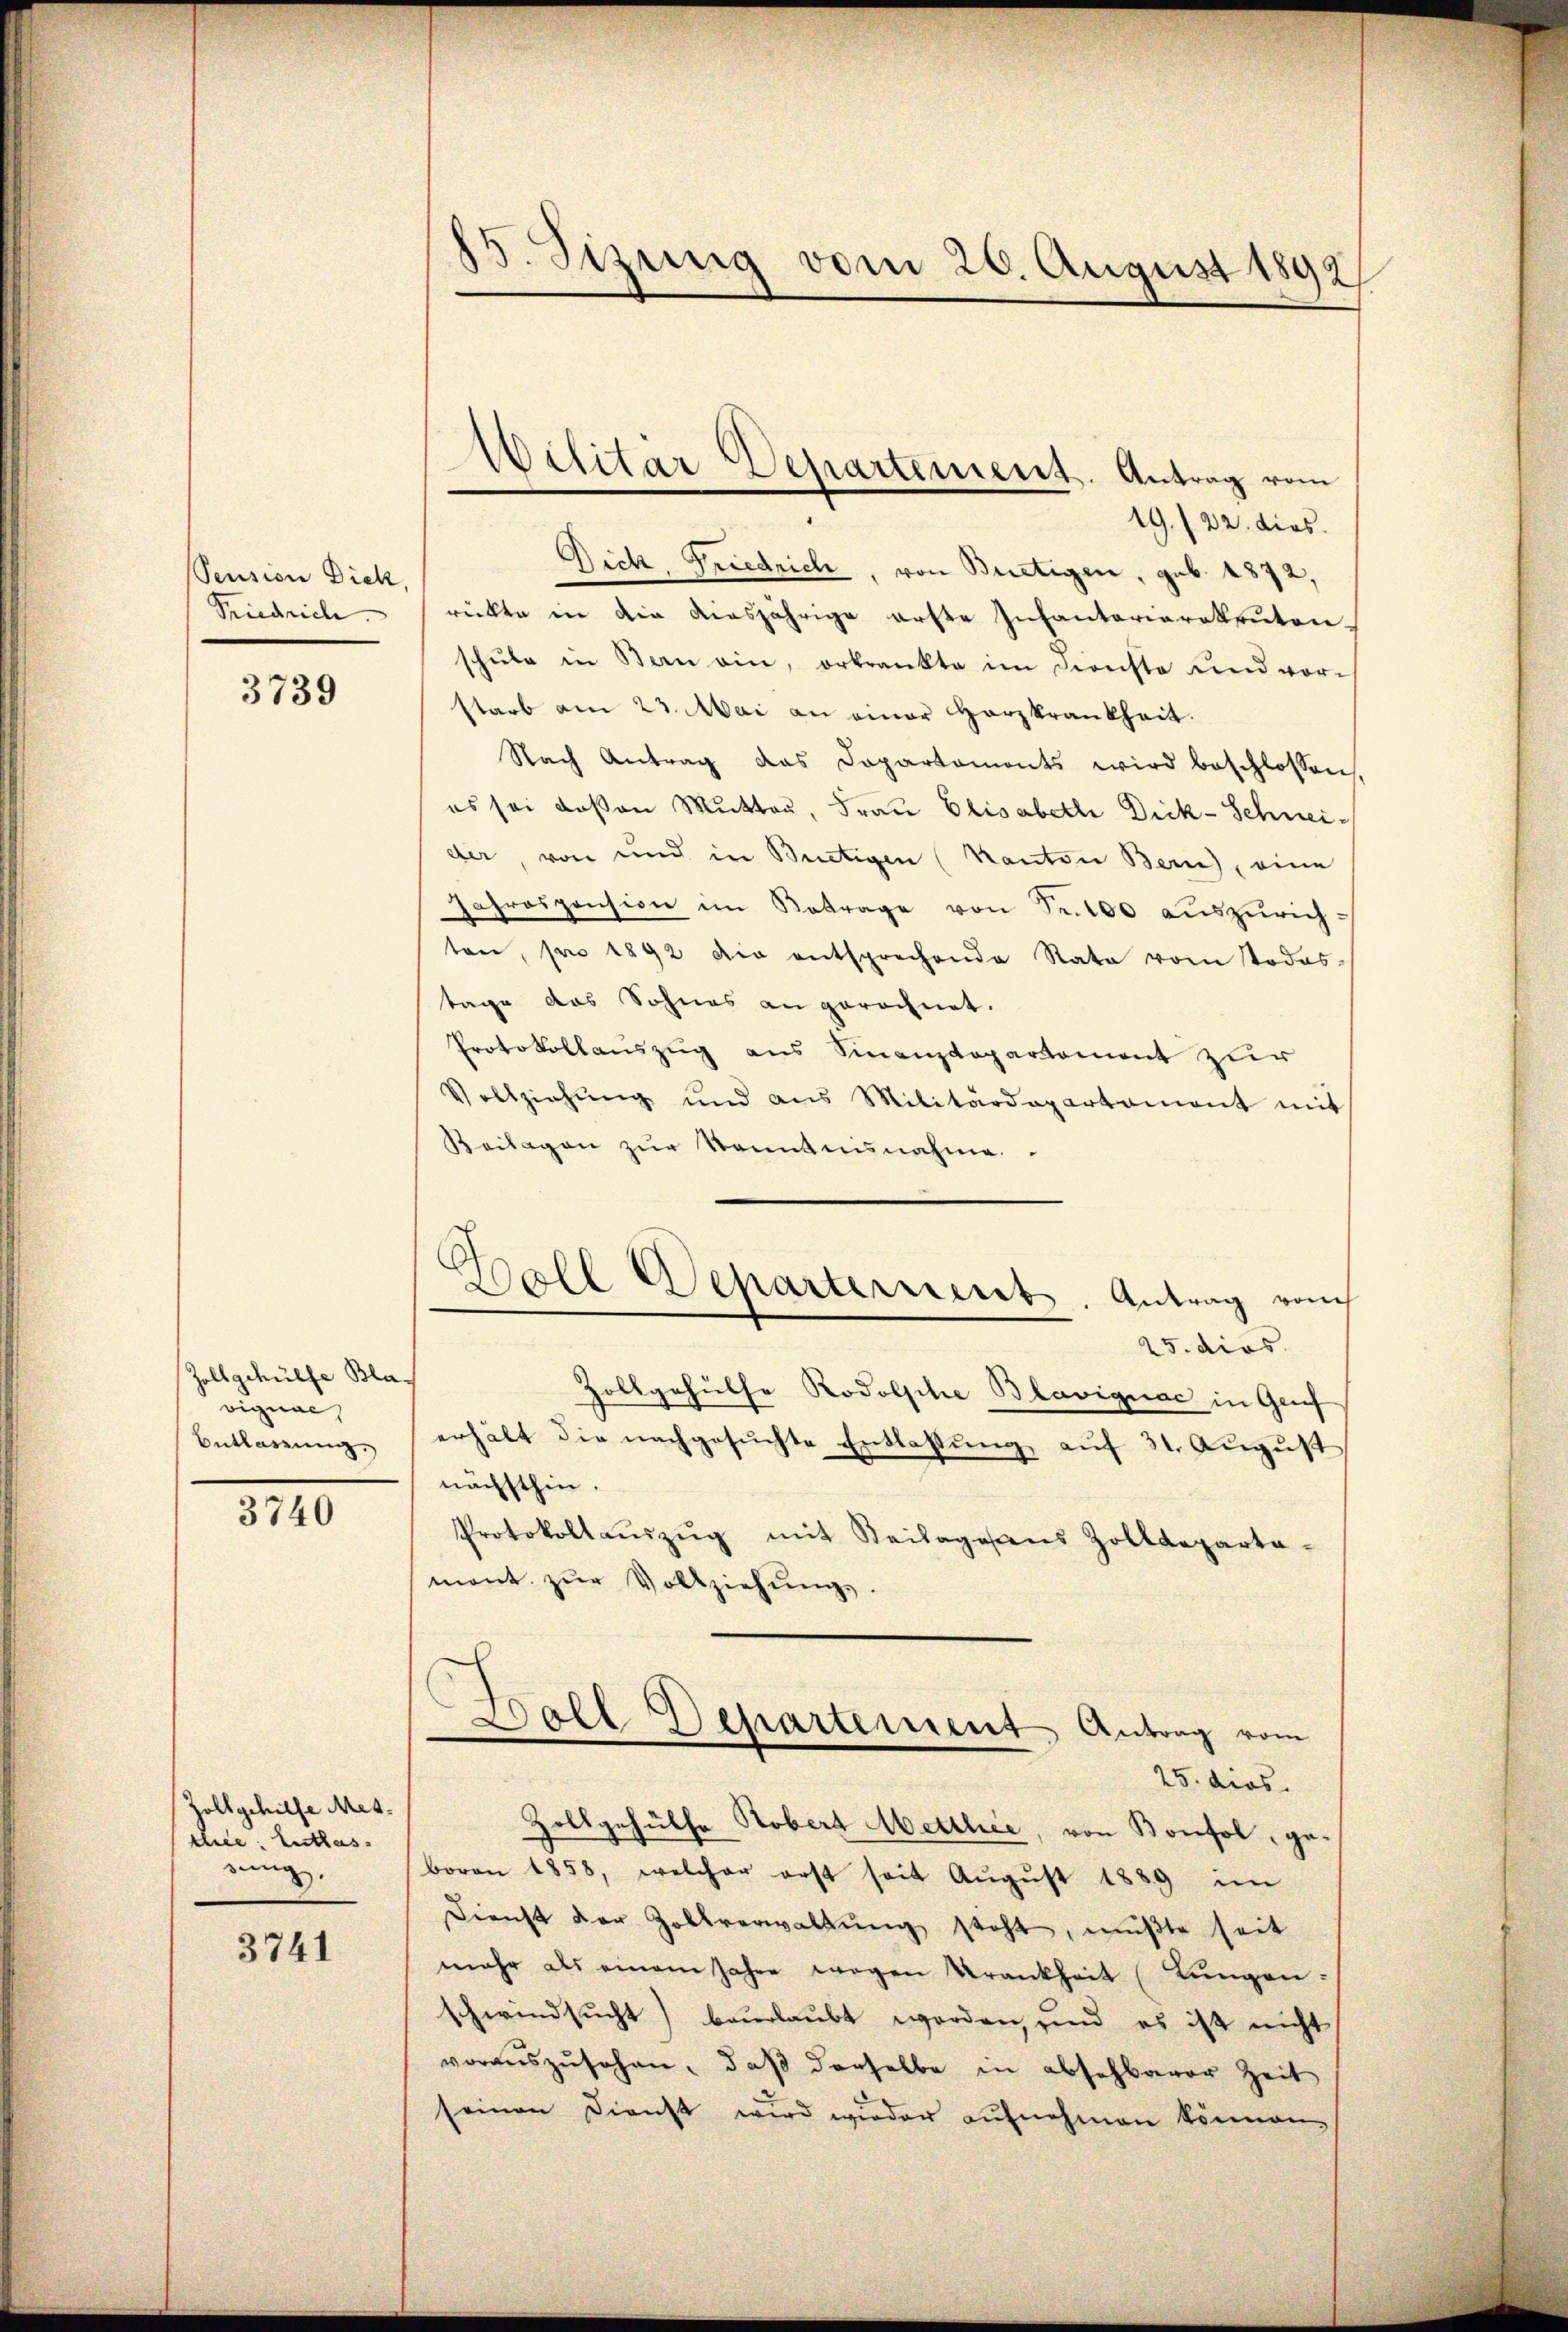
Pension Dick,
Friedrich.

3739

Zoll gehülfe Blavignac
Entlassung

3740

Zollgehilfe Mesthiee. Entlas
sung,

3741

85. Sizung vom 26. August 1892

19./22. dies
Dich, Friedrich, von Bürtigen, geb. 1872,
rückte in die diesjährige erste Infantarierekruten
schŭle in San ein, erkrankte im Dienste und vorstarb am 23. Mai an einer Herzkrankheit.
Nach Antrag das Departamonts wird beschlossen,
es sei deßen Mutter, Frau Elisabeth Dick-Schneider, von und in Bietigen (Kanton Bern), eine
Jahrespension im Betrage von Fr. 100 auszurichten, pro 1892 die entsprechende Rata vom Todes-
tage das Sohnes an gerechnet.
Protokollauszug aus Sinanzdepartemont zur
Vollziehŭng und aus Militärdepartament mit
Beilagen zur Sonntensnahme
25. dies
Zollgehülfe Rodolsche Blaviquac in Grif
erhält die nachgesŭchte Entlassŭng auf 31. August
nächsthin.
Protokollaŭszŭg mit Keilagessens Zolldeparta-
mont zŭr Vollziehŭng.
Doll Departement Antrag vom
—
25. dies.
Zollgehülfe Kobert Metthie, von Konsol, geboren 1858, welcher erst seit Aŭgŭst 1889 im
Dienst der Zollverwaltŭng steht, mußte seit
mehr als einem Jahre wegen Krankheit (Lungen.
schwindsucht) beurlaubt worden, und es ist nicht
voraŭszŭsehen, daβ derselbe in absehbarer Zeit
seinen Dienst wird wieder aufnehmen können,

Wilitar Departement. Antrag vom

Ball Departernent. Antrag vom